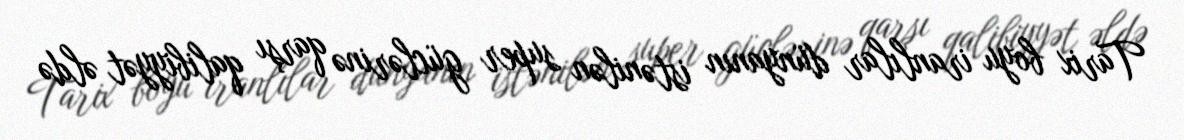
Tarix boyu iranlılar dünyanın istənilən super güclərinə qarşı qalibiyyət əldə